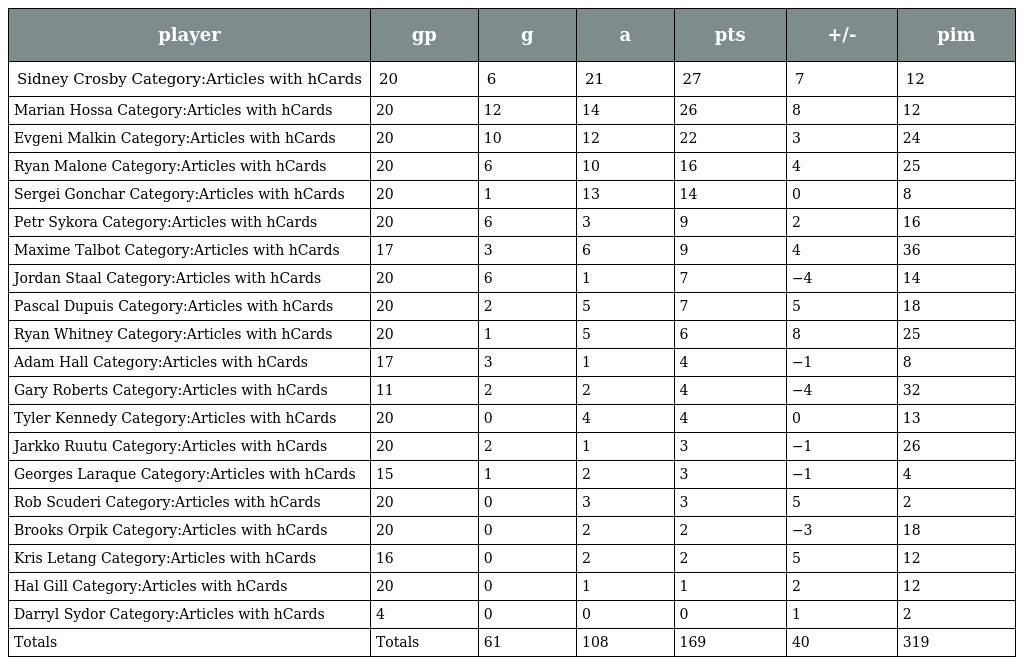
| player | gp | g | a | pts | +/- | pim |
 | --- | --- | --- | --- | --- | --- | --- |
 | Sidney Crosby Category:Articles with hCards | 20 | 6 | 21 | 27 | 7 | 12 |
 | Marian Hossa Category:Articles with hCards | 20 | 12 | 14 | 26 | 8 | 12 |
 | Evgeni Malkin Category:Articles with hCards | 20 | 10 | 12 | 22 | 3 | 24 |
 | Ryan Malone Category:Articles with hCards | 20 | 6 | 10 | 16 | 4 | 25 |
 | Sergei Gonchar Category:Articles with hCards | 20 | 1 | 13 | 14 | 0 | 8 |
 | Petr Sykora Category:Articles with hCards | 20 | 6 | 3 | 9 | 2 | 16 |
 | Maxime Talbot Category:Articles with hCards | 17 | 3 | 6 | 9 | 4 | 36 |
 | Jordan Staal Category:Articles with hCards | 20 | 6 | 1 | 7 | −4 | 14 |
 | Pascal Dupuis Category:Articles with hCards | 20 | 2 | 5 | 7 | 5 | 18 |
 | Ryan Whitney Category:Articles with hCards | 20 | 1 | 5 | 6 | 8 | 25 |
 | Adam Hall Category:Articles with hCards | 17 | 3 | 1 | 4 | −1 | 8 |
 | Gary Roberts Category:Articles with hCards | 11 | 2 | 2 | 4 | −4 | 32 |
 | Tyler Kennedy Category:Articles with hCards | 20 | 0 | 4 | 4 | 0 | 13 |
 | Jarkko Ruutu Category:Articles with hCards | 20 | 2 | 1 | 3 | −1 | 26 |
 | Georges Laraque Category:Articles with hCards | 15 | 1 | 2 | 3 | −1 | 4 |
 | Rob Scuderi Category:Articles with hCards | 20 | 0 | 3 | 3 | 5 | 2 |
 | Brooks Orpik Category:Articles with hCards | 20 | 0 | 2 | 2 | −3 | 18 |
 | Kris Letang Category:Articles with hCards | 16 | 0 | 2 | 2 | 5 | 12 |
 | Hal Gill Category:Articles with hCards | 20 | 0 | 1 | 1 | 2 | 12 |
 | Darryl Sydor Category:Articles with hCards | 4 | 0 | 0 | 0 | 1 | 2 |
 | Totals | Totals | 61 | 108 | 169 | 40 | 319 |